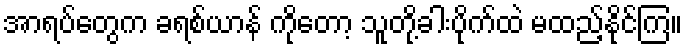
အာရပ်တွေက ခရစ်ယာန် ကိုတော့ သူတို့ခါးပိုက်ထဲ မထည့်နိုင်ကြ။